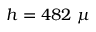
h = 4 8 2 ~ \mu